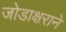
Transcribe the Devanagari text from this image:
जोडाक्षराने